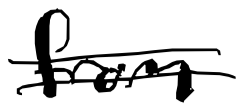
Text: from
Cross-out: double-line
Writing tool: digital_black